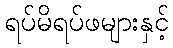
ရပ်မိရပ်ဖများနှင့်